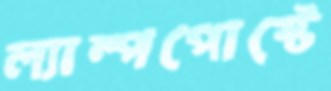
ল্যাম্পপোস্টে